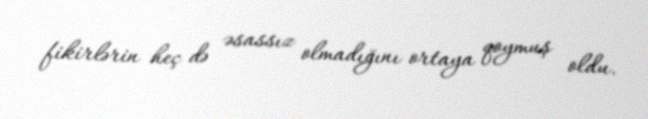
fikirlərin heç də əsassız olmadığını ortaya qoymuş oldu.